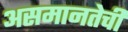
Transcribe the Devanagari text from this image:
असमानतेची